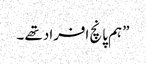
” ہم پانچ افراد تھے ۔